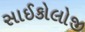
સાઈકોલોજી